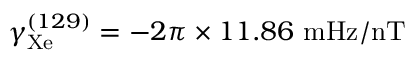
\gamma _ { \mathrm { X e } } ^ { ( 1 2 9 ) } = - 2 \pi \times 1 1 . 8 6 ~ \mathrm { m H z / n T }